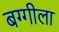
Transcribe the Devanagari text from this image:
बग्गीला